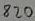
Text: 820